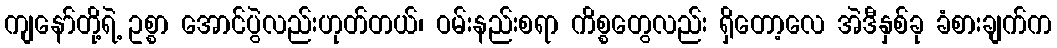
ကျနော်တို့ရဲ့ ဥစ္စာ အောင်ပွဲလည်းဟုတ်တယ်၊ ဝမ်းနည်းစရာ ကိစ္စတွေလည်း ရှိတော့လေ အဲဒီနှစ်ခု ခံစားချက်က